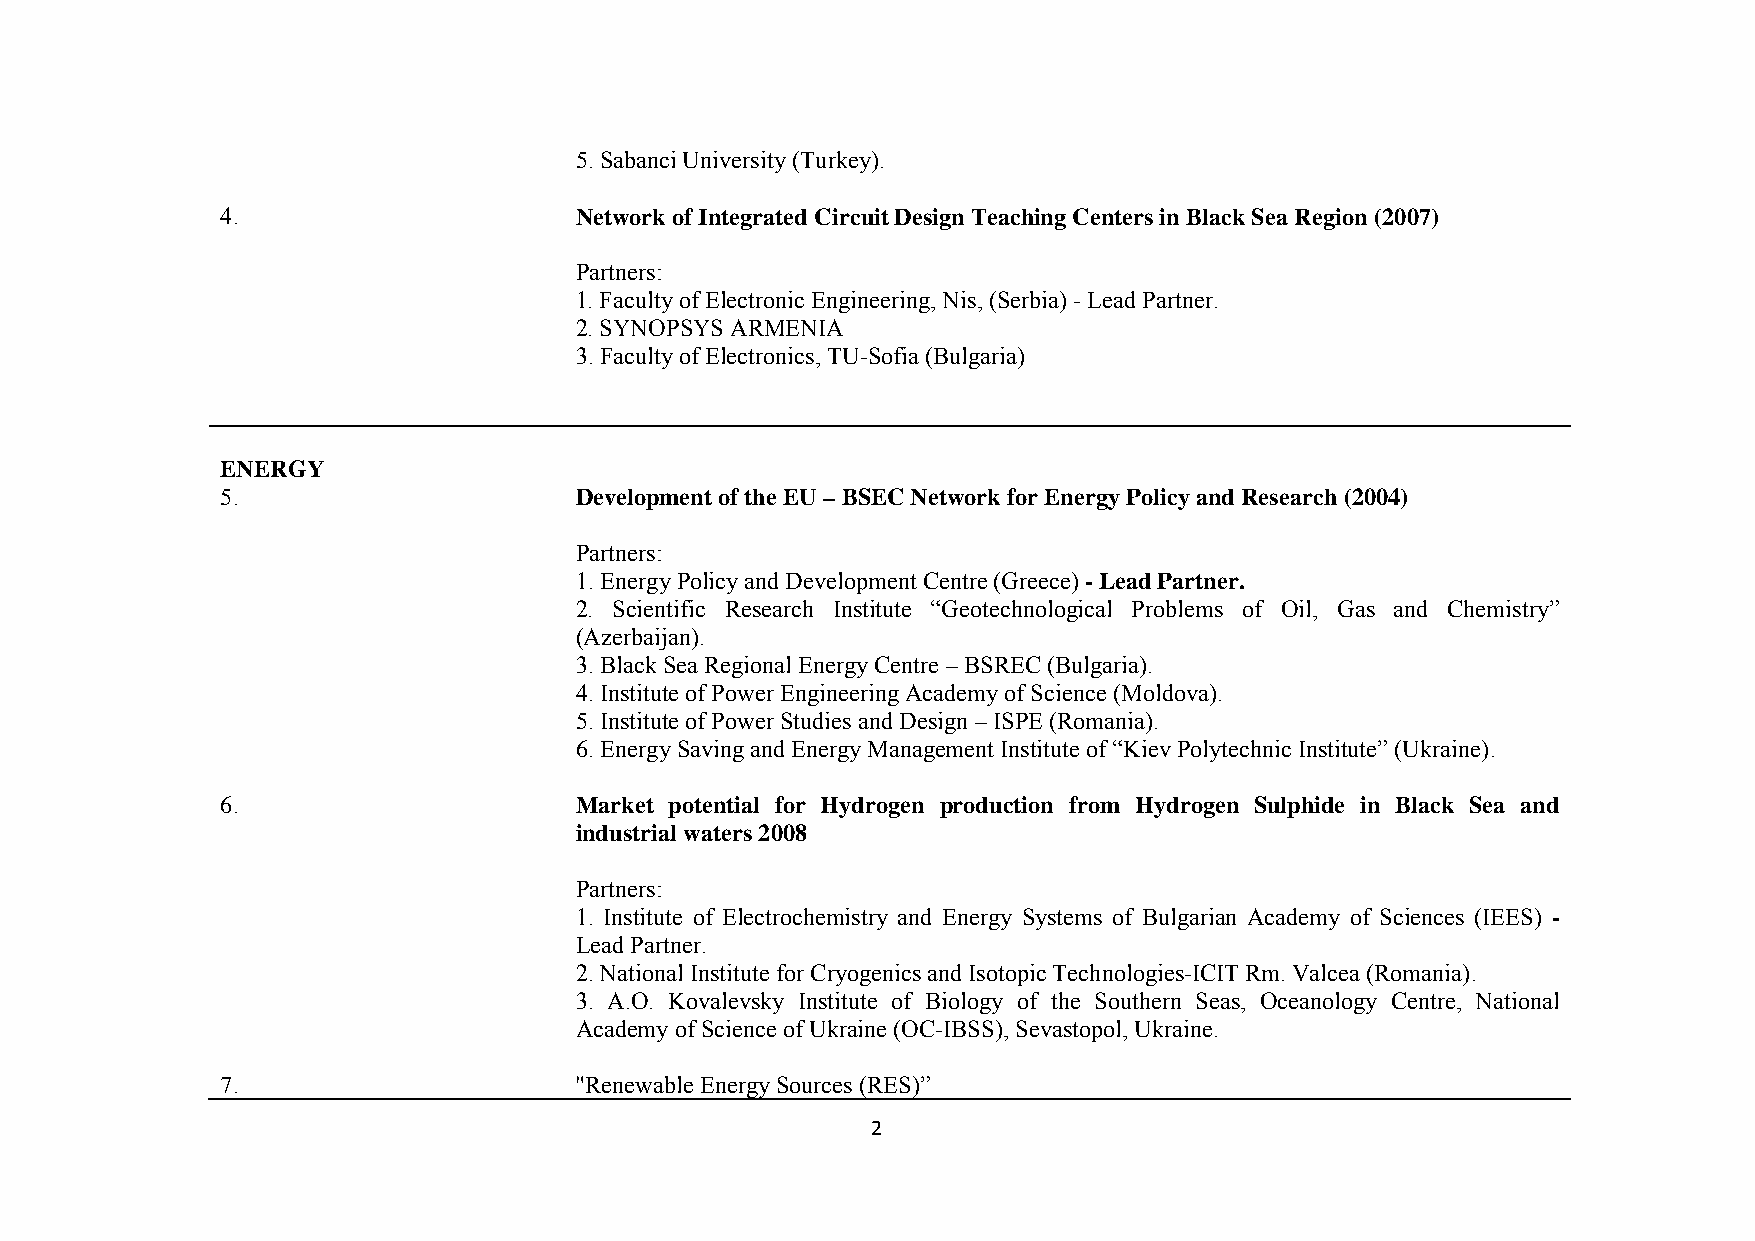
5. Sabanci University (Turkey).
 4.                     Network of Integrated Circuit Design Teaching Centers in Black Sea Region (2007)
 Partners:
 1. Faculty of Electronic Engineering, Nis, (Serbia) - Lead Partner.
 2. SYNOPSYS ARMENIA
 3. Faculty of Electronics, TU-Sofia (Bulgaria)
 ENERGY
 5.                     Development of the EU – BSEC Network for Energy Policy and Research (2004)
 Partners:
 1. Energy Policy and Development Centre (Greece) - Lead Partner.
 2. Scientific Research Institute “Geotechnological Problems of Oil, Gas and Chemistry”
 (Azerbaijan).
 3. Black Sea Regional Energy Centre – BSREC (Bulgaria).
 4. Institute of Power Engineering Academy of Science (Moldova).
 5. Institute of Power Studies and Design – ISPE (Romania).
 6. Energy Saving and Energy Management Institute of “Kiev Polytechnic Institute” (Ukraine).
 6.                     Market potential for Hydrogen production from Hydrogen Sulphide in Black Sea and
 industrial waters 2008
 Partners:
 1. Institute of Electrochemistry and Energy Systems of Bulgarian Academy of Sciences (IEES) -
 Lead Partner.
 2. National Institute for Cryogenics and Isotopic Technologies-ICIT Rm. Valcea (Romania).
 3. A.O. Kovalevsky Institute of Biology of the Southern Seas, Oceanology Centre, National
 Academy of Science of Ukraine (OC-IBSS), Sevastopol, Ukraine.
 7.                     "Renewable Energy Sources (RES)”
 2